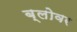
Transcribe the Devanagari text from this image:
ब्लोवर